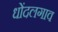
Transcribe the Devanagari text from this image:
धोंदलगाव